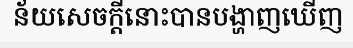
ន័យសេចក្តីនោះបានបង្ហាញឃើញ